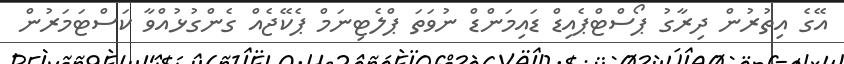
އޭގެ އިތުރުން ދިރާގު ޕޯސްޓްޕެއިޑް ޑައިމަންޑް ނުވަތަ ޕްލެޓިނަމް ޕެކޭޖެއް ގެންގުޅުއްވާ ކަސްޓަމަރުން